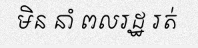
មិន នាំ ពលរដ្ឋ រត់